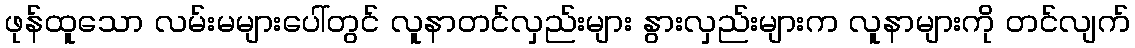
ဖုန်ထူသော လမ်းမများပေါ်တွင် လူနာတင်လှည်းများ နွားလှည်းများက လူနာများကို တင်လျက်